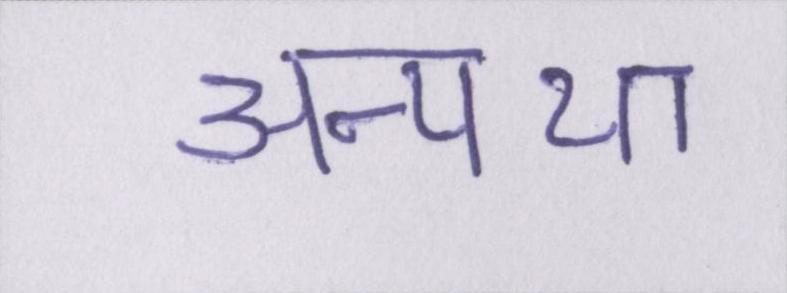
अन्यथा